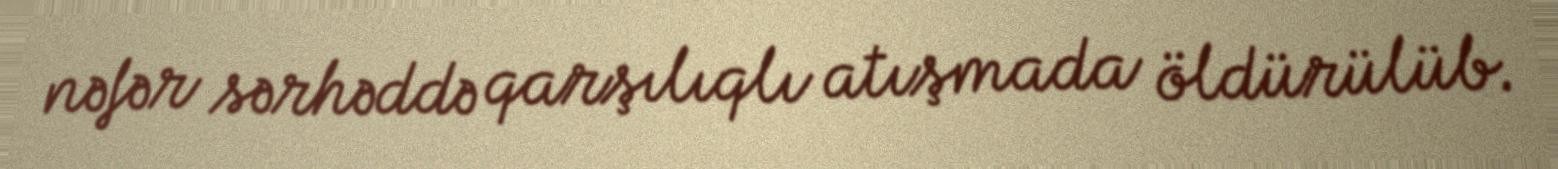
nəfər sərhəddə qarşılıqlı atışmada öldürülüb.